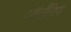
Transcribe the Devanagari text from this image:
ऑर्गॅनिक